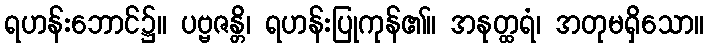
ရဟန်းဘောင်၌။ ပဗ္ဗဇန္တိ၊ ရဟန်းပြုကုန်၏။ အနုတ္ထရံ၊ အတုမရှိသော။